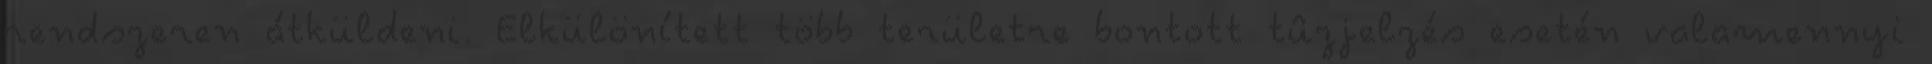
rendszeren átküldeni. Elkülönített több területre bontott tûzjelzés esetén valamennyi